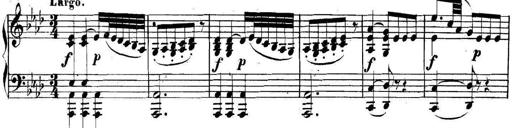
Title: Collected Piano Sonatas
Composer: Muzio Clementi